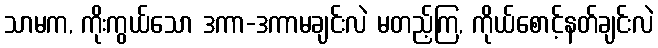
သာမက, ကိုးကွယ်သော ဒကာ-ဒကာမချင်းလဲ မတည့်ကြ, ကိုယ်စောင့်နတ်ချင်းလဲ